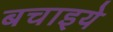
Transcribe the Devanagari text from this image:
बचाइये